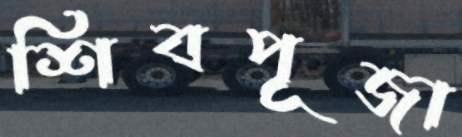
শিবপূজা